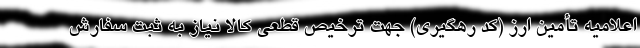
اعلامیه تأمین ارز (کد رهگیری) جهت ترخیص قطعی کالا نیاز به ثبت سفارش